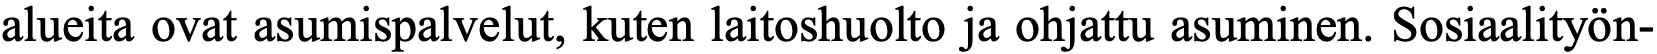
alueita ovat asumispalvelut, kuten laitoshuolto ja ohjattu asuminen. Sosiaalityön-